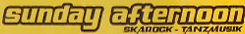
Sunday afternoon